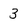
Character: 3